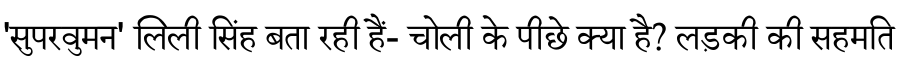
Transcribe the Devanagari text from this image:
'सुपरवुमन' लिली सिंह बता रही हैं- चोली के पीछे क्या है? लड़की की सहमति